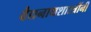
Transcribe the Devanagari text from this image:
वैद्यनाथशास्त्रींनी